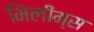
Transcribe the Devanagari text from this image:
मिलीम्स